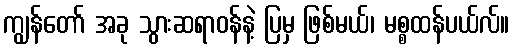
ကျွန်တော် အခု သွားဆရာဝန်နဲ့ ပြမှ ဖြစ်မယ်၊ မစ္စထန်ပယ်လ်။